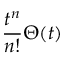
{ \frac { t ^ { n } } { n ! } } \Theta ( t )